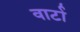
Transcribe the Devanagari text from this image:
वार्टा